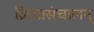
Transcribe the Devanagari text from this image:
क्रियासंचालन्